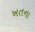
ખતના